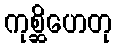
ကုစ္ဆိဟေတု